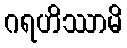
ဂရဟိဿာမိ